Report of the Indian Hemp Drugs Commission, 1894-1895 - Volume III
Year: 1894
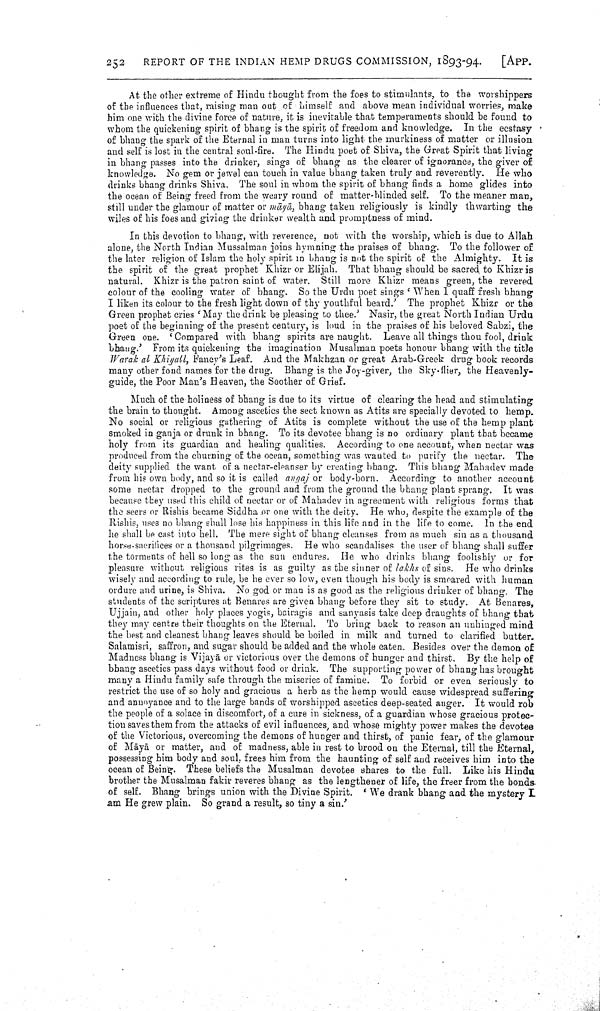
252
REPORT OF THE INDIAN HEMP DRUGS COMMISSION, 1893-94.
[APP.
At the other extreme of Hindu thought from the foes to stimulants, to the worshippers
of the influences that, raising man out of himself and above mean individual worries, make
him one with the divine force of nature, it is inevitable that temperaments should be found to
whom the quickening spirit of bhang is the spirit of freedom and knowledge. In the ecstasy
of bhang the spark of the Eternal in man turns into light the murkiness of matter or illusion
and self is lost in the central soul-fire. The Hindu poet of Shiva, the Great Spirit that living
in bhang passes into the drinker, sings of bhang as the clearer of ignorance, the giver of
knowledge. No gem or jewel can touch in value bhang taken truly and reverently. He who
drinks bhang drinks Shiva. The soul in whom the spirit of bhang finds a home glides into
the ocean of Being freed from the weary round of matter-blinded self. To the meaner man,
still under the glamour of matter or māyā, bhang taken religiously is kindly thwarting the
wiles of his foes and giving the drinker wealth and promptness of mind.
In this devotion to bhang, with reverence, not with the worship, which is due to Allah
alone, the North Indian Mussalman joins hymning the praises of bhang. To the follower of
the later religion of Islam the holy spirit in bhang is not the spirit of the Almighty. It is
the spirit of the great prophet Khizr or Elijah. That bhang should be sacred to Khizr is
natural. Khizr is the patron saint of water. Still more Khizr means green, the revered
colour of the cooling water of bhang. So the Urdu poet sings 'When I quaff fresh bhang
I liken its colour to the fresh light down of thy youthful beard.' The prophet Khizr or the
Green prophet cries 'May the drink be pleasing to thee.' Nasir, the great North Indian Urdu
poet of the beginning of the present century, is loud in the praises of his beloved Sabzi, the
Green one. 'Compared with bhang spirits are naught. Leave all things thou fool, drink
bhang.' From its quickening the imagination Musalman poets honour bhang with the title
Warak al Khiyall, Fancy's Leaf. And the Makhzan or great Arab-Greek drug book records
many other fond names for the drug. Bhang is the Joy-giver, the Sky-flier, the Heavenly-
guide, the Poor Man's Heaven, the Soother of Grief.
Much of the holiness of bhang is due to its virtue of clearing the head and stimulating
the brain to thought. Among ascetics the sect known as Atits are specially devoted to hemp.
No social or religious gathering of Atits is complete without the use of the hemp plant
smoked in ganja or drunk in bhang. To its devotee bhang is no ordinary plant that became
holy from its guardian and healing qualities. According to one account, when nectar was
produced from the churning of the ocean, something was wanted to purify the nectar. The
deity supplied the want of a nectar-cleanser by creating bhang. This bhang Mahadev made
from his own body, and so it is called angaj or body-born. According to another account
some nectar dropped to the ground and from the ground the bhang plant sprang. It was
because they used this child of nectar or of Mahadev in agreement with religious forms that
the seers or Rishis became Siddha or one with the deity. He who, despite the example of the
Rishis, uses no bhang shall lose his happiness in this life and in the life to come. In the end
he shall be cast into hell. The mere sight of bhang cleanses from as much sin as a thousand
horse-sacrifices or a thousand pilgrimages. He who scandalises the user of bhang shall suffer
the torments of hell so long as the sun endures. He who drinks bhang foolishly or for
pleasure without religious rites is as guilty as the sinner of lakhs of sins. He who drinks
wisely and according to rule, be he ever so low, even though his body is smeared with human
ordure and urine, is Shiva. No god or man is as good as the religious drinker of bhang. The
students of the scriptures at Benares are given bhang before they sit to study. At Benares,
Ujjain, and other holy places yogis, bairagis and sanyasis take deep draughts of bhang that
they may centre their thoughts on the Eternal. To bring back to reason an unhinged mind
the best and cleanest bhang leaves should be boiled in milk and turned to clarified butter.
Salamisri, saffron, and sugar should be added and the whole eaten. Besides over the demon of
Madness bhang is Vijayā or victorious over the demons of hunger and thirst. By the help of
bhang ascetics pass days without food or drink. The supporting power of bhang has brought
many a Hindu family safe through the miseries of famine. To forbid or even seriously to
restrict the use of so holy and gracious a herb as the hemp would cause widespread suffering
and annoyance and to the large bands of worshipped ascetics deep-seated anger. It would rob
the people of a solace in discomfort, of a cure in sickness, of a guardian whose gracious protec
tion saves them from the attacks of evil influences, and whose mighty power makes the devotee
of the Victorious, overcoming the demons of hunger and thirst, of panic fear, of the glamour
of Māyā or matter, and of madness, able in rest to brood on the Eternal, till the Eternal,
possessing him body and soul, frees him from the haunting of self and receives him into the
ocean of Being. These beliefs the Musalman devotee shares to the full. Like his Hindu
brother the Musalman fakir reveres bhang as the lengthener of life, the freer from the bonds.
of self. Bhang brings union with the Divine Spirit. 'We drank bhang and the mystery I
am He grew plain. So grand a result, so tiny a sin.'